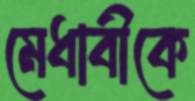
মেধাবীকে